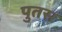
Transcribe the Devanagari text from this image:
पुतस